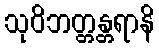
သုဝိဘတ္တန္တရာနိ